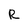
Character: R